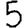
Digit: 5